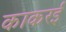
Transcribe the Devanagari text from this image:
काकरई